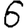
Digit: 6